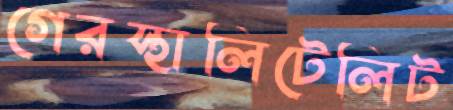
গেরস্থালিটেলিট